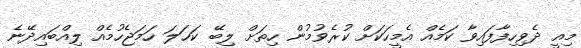
މިއީ ދެވިހިފާފައިވާ ކަމެއް އެމީހަކަށް ކުރެވުމުން ހިތަށް ލިބޭ ކަހަލަ ހަމަޖެހުމެއް ލިއްބައިދޭނެ